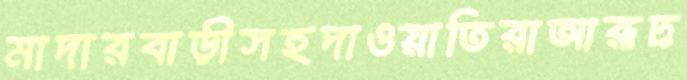
মাদারবাড়ীসহদাওয়াতিরাআরূঢ়